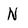
Character: N